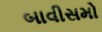
બાવીસમો